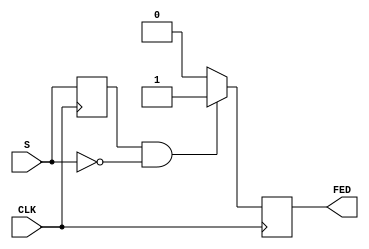
module falling_edge_detector (
    input wire CLK,      // Clock signal
    input wire S,       // Signal input
    output reg FED      // Falling edge detected output
);

    reg prev_S;         // Previous state of the signal

    // Always block triggered on the rising edge of the clock
    always @(posedge CLK) begin
        // Check for falling edge
        if (prev_S == 1'b1 && S == 1'b0) begin
            FED <= 1'b1;  // Falling edge detected, set FED high
        end else begin
            FED <= 1'b0;  // No falling edge detected, reset FED
        end
        
        // Update the previous state
        prev_S <= S;
    end

endmodule